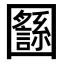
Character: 𡈸